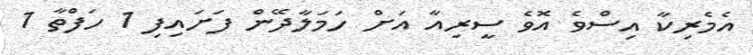
އެމެރިކާ އިސްވެ އޮވެ ސީރިއާ އަށް ހަމަލާދޭން ފަށައިފި 1 ހަފްތާ 1